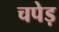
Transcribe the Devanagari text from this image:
चपेड़